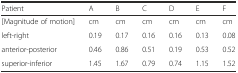
<table><thead><tr><td><b>Patient</b></td><td><b>A</b></td><td><b>B</b></td><td><b>C</b></td><td><b>D</b></td><td><b>E</b></td><td><b>F</b></td></tr></thead><tbody><tr><td>[Magnitude of motion]</td><td>cm</td><td>cm</td><td>cm</td><td>cm</td><td>cm</td><td>cm</td></tr><tr><td>left-right</td><td>0.19</td><td>0.17</td><td>0.16</td><td>0.16</td><td>0.13</td><td>0.08</td></tr><tr><td>anterior-posterior</td><td>0.46</td><td>0.86</td><td>0.51</td><td>0.19</td><td>0.53</td><td>0.52</td></tr><tr><td>superior-inferior</td><td>1.45</td><td>1.67</td><td>0.79</td><td>0.74</td><td>1.15</td><td>1.52</td></tr></tbody></table>